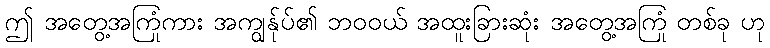
ဤ အတွေ့အကြုံကား အကျွန်ုပ်၏ ဘဝဝယ် အထူးခြားဆုံး အတွေ့အကြုံ တစ်ခု ဟု